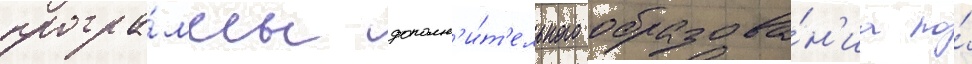
програ́ммы дополн'и́т'ельного образова́н'иа по́